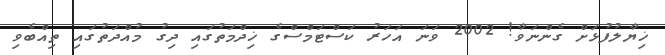
ޚިޔާލުފުޅަށް ގެންނަވާ! 2002 ވަނަ އަހަރު ކަސްޓަމްސްގެ ޚިދްމަތުގައި ދިގު މުއްދަތުގައި ތިއްބެވި